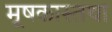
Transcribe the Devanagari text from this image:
मूषकास्तथा